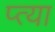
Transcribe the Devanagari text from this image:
प्त्या